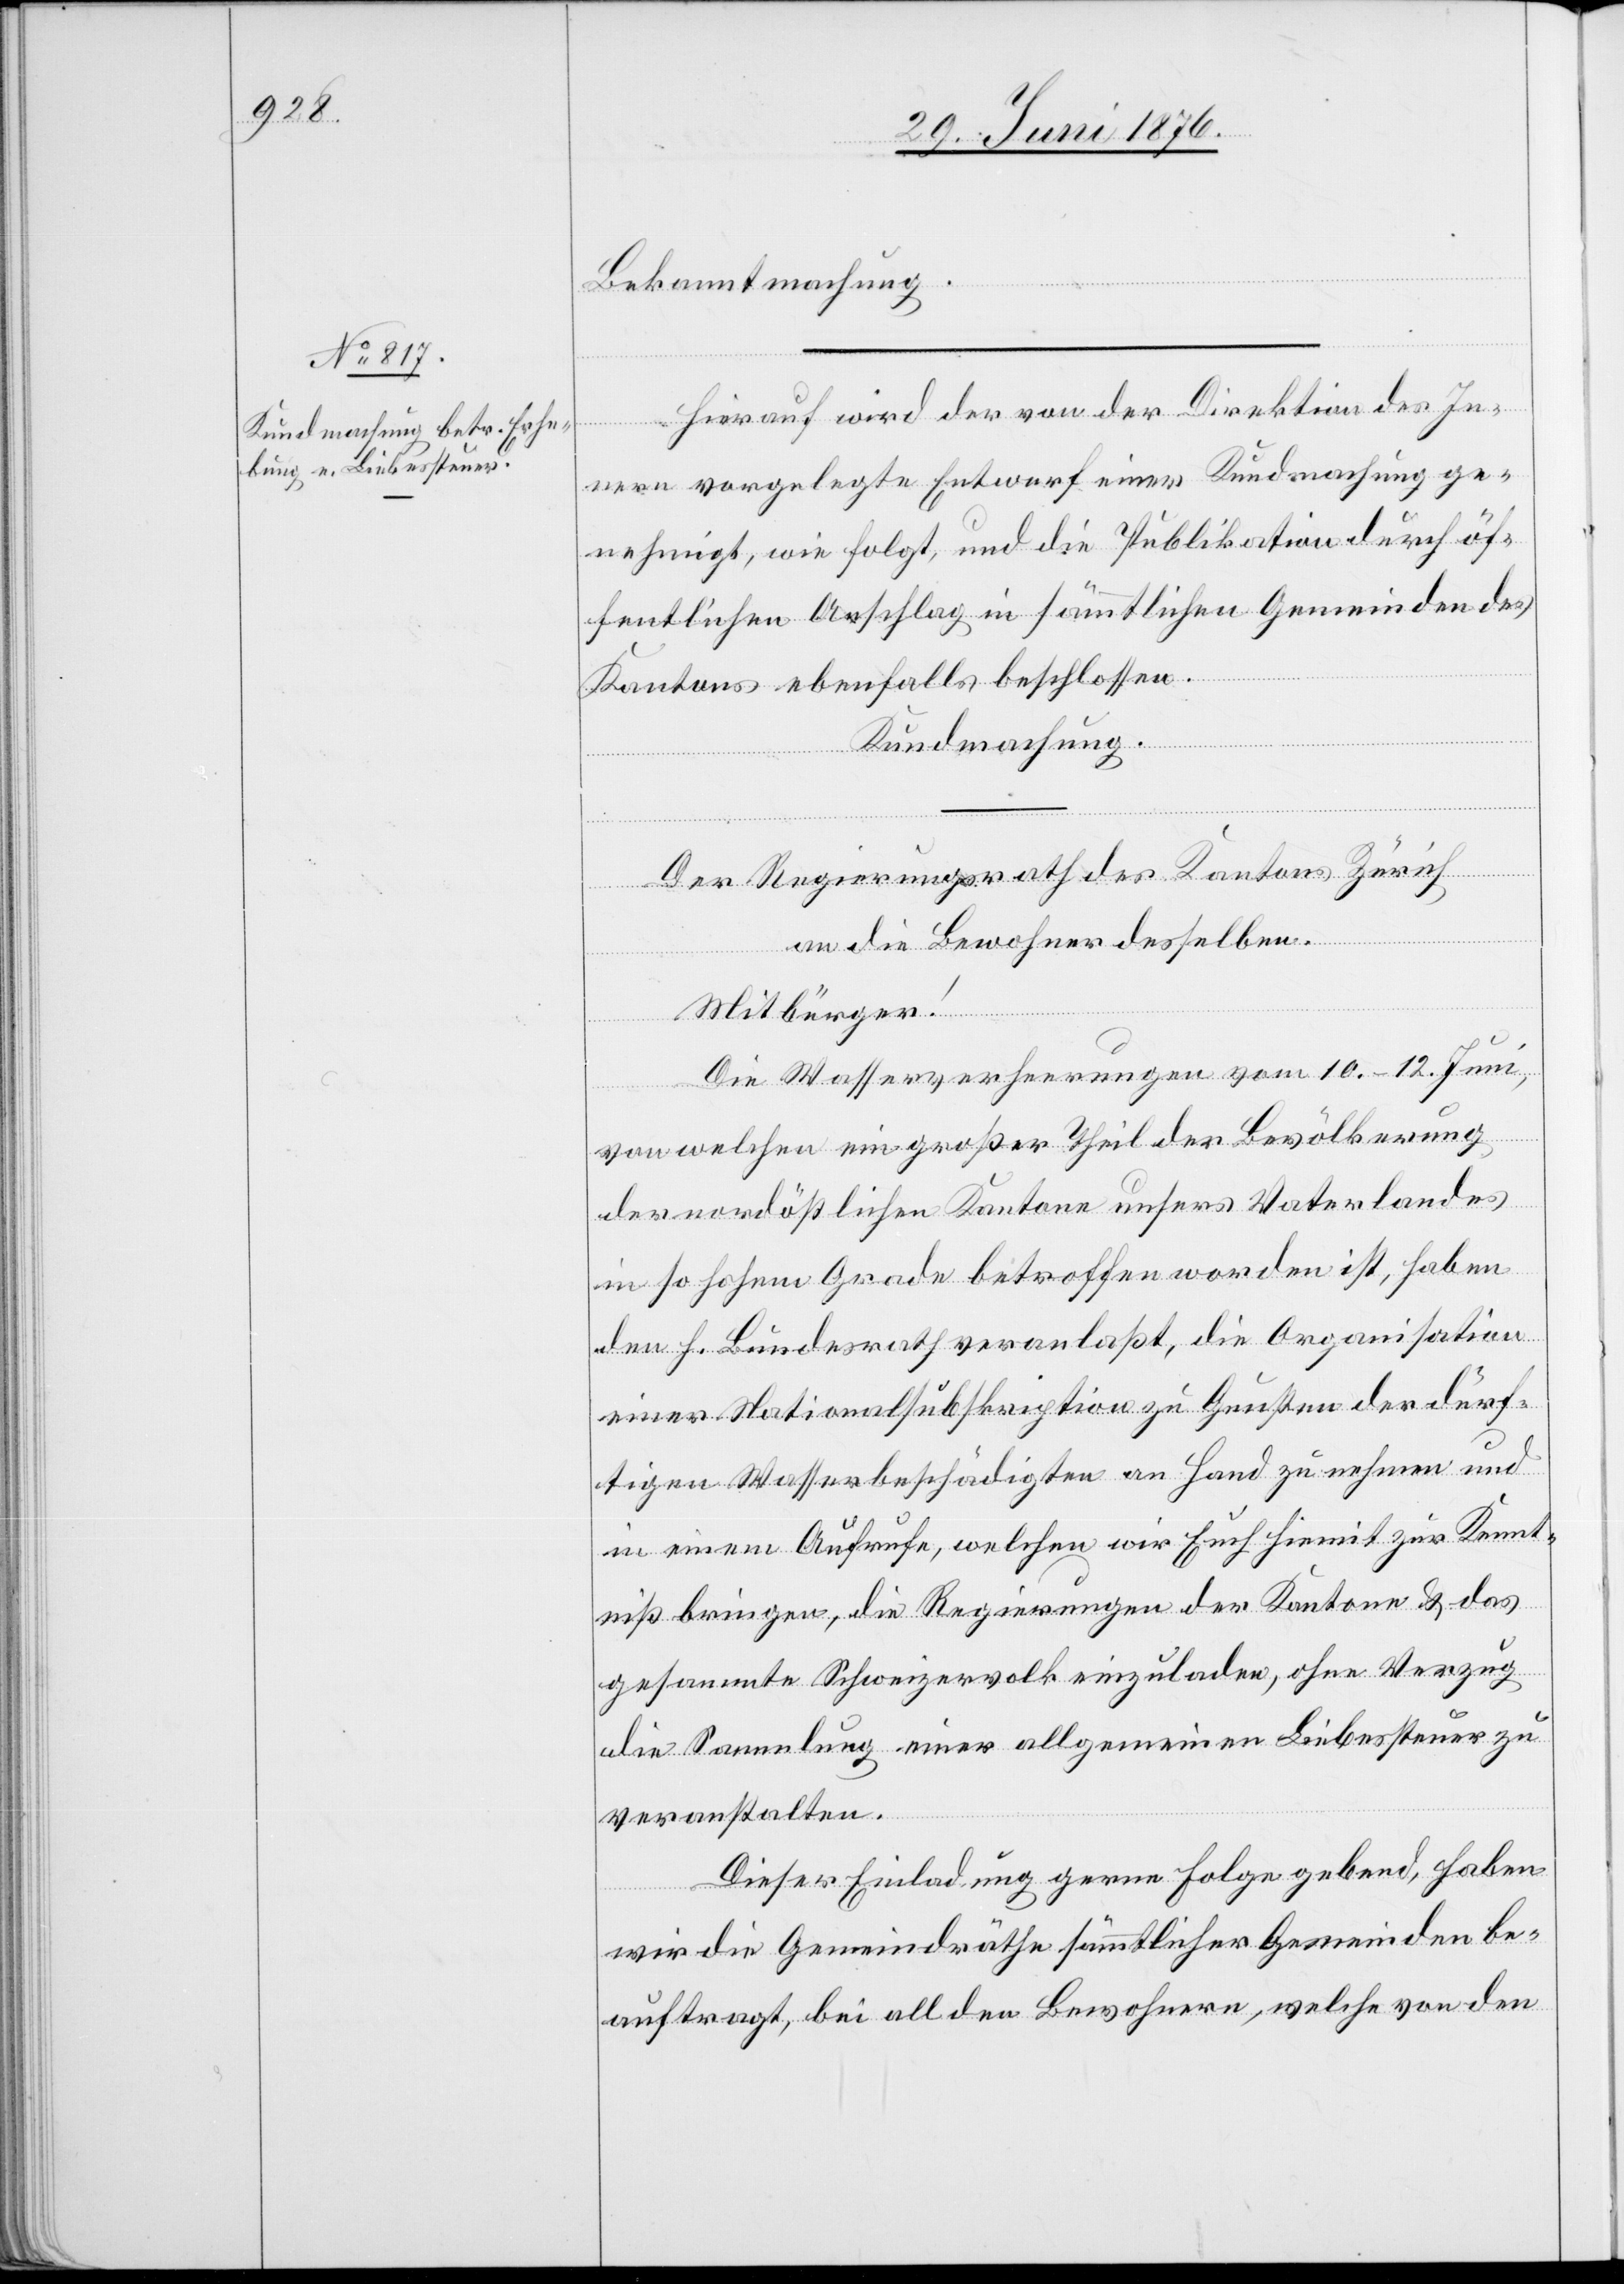
Bekanntmachung.
Hierauf wird der von der Direktion des In¬
nern vorgelegte Entwurf einer Kundmachung ge¬
nehmigt, wie folgt, und die Publikation durch öf¬
fentlichen Anschlag in sämmtlichen Gemeinden des
Kantons ebenfalls beschlossen.
Kundmachung.
Der Regierungsrath des Kantons Zürich
[Fortse¬
tzung
an die Bewohner desselben.
Mitbürger!
Die Wasserverheerungen vom 10.–12. Juni,
von welchen ein großer Theil der Bevölkerung
der nordöstlichen Kantone unsers Vaterlandes
in so hohem Grade betroffen worden ist, haben
den H. Bundesrath veranlaßt, die Organisation
einer Nationalsubskription zu Gunsten der dürf¬
tigen Wasserbeschädigten an Hand zu nehmen und
in einem Aufrufe, welchen wir Euch hiemit zur Kennt¬
niß bringen, die Regierungen der Kantone & das
gesammte Schweizervolk einzuladen, ohne Verzug
die Sammlung einer allgemeinen Liebessteuer zu
veranstalten.
Dieser Einladung gerne Folge gebend, haben
wir die Gemeindräthe sämmtlicher Gemeinden be¬
auftragt, bei all den Bewohnern, welche von den